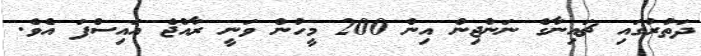
ދަތުރުގައި ޗައިނާގެ ނަންޖިން އިން 200 މީހުން ވަނީ ރާއްޖެ އައިސްފަ އެވެ.